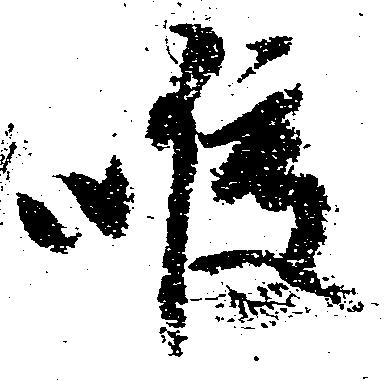
喉